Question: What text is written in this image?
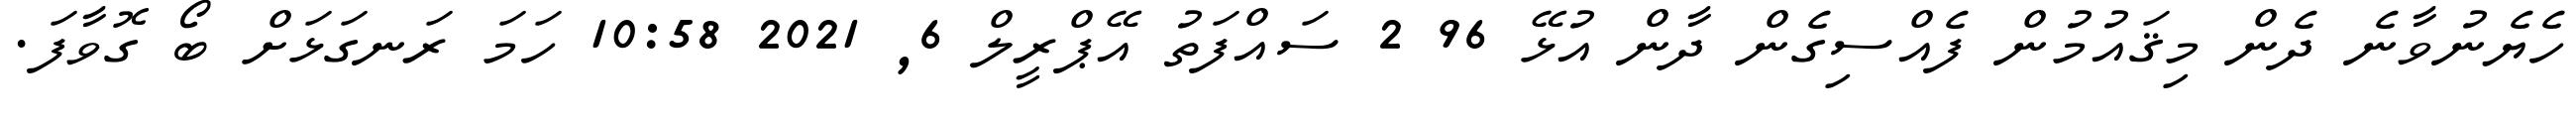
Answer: ހެޔެނުވާނެ ދެން މިޤައުމުން ފެއްސިގެން ދާން އުޅޭ 96 2 ސައްފަތު އޭޕްރީލް 6, 2021 10:58 ހަމަ ރަނގަޅަށް ބޯ ގޮވާފަ.